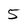
Character: 5